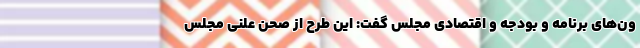
ون‌های برنامه و بودجه و اقتصادی مجلس گفت: این طرح از صحن علنی مجلس